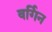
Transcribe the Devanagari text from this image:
वर्गिन